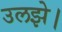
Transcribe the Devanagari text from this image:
उलझे।